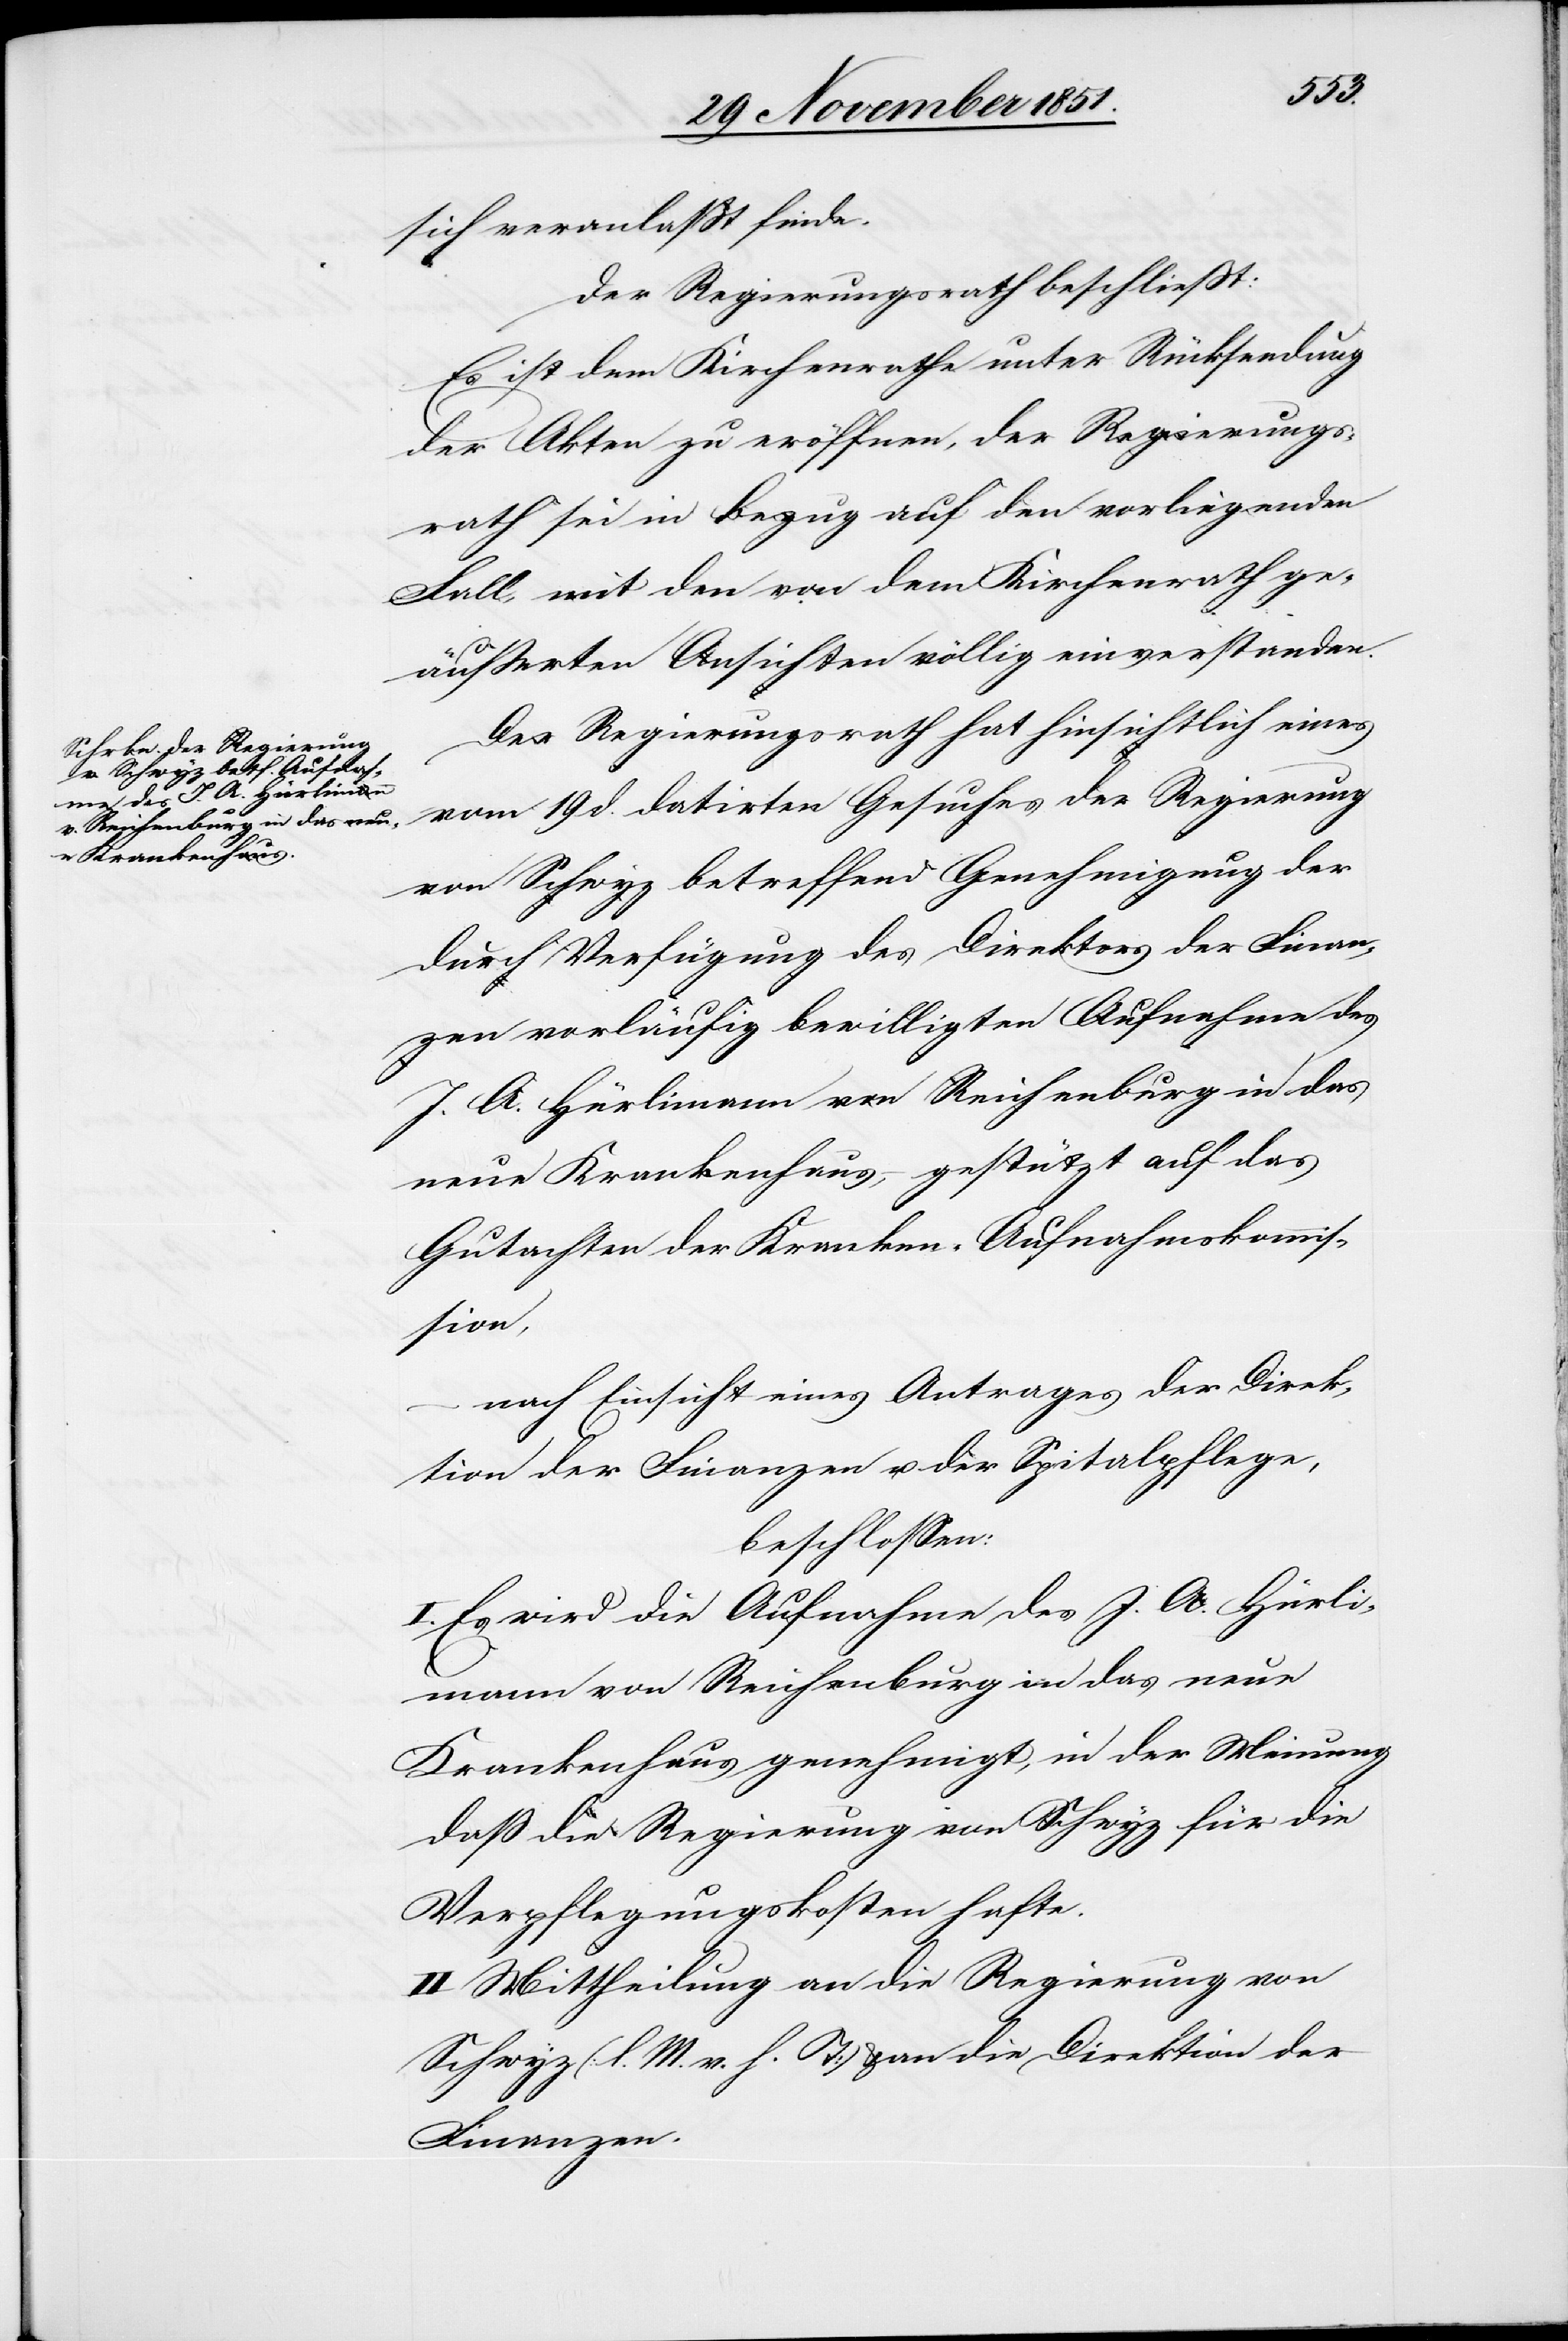
sich veranlaßt finde.
Der Regierungsrath beschließt:
Es ist dem Kirchenrathe unter Rücksendung
der Akten zu eröffnen, der Regierungs¬
rath sei in Bezug auf den vorliegenden
Fall, mit den von dem Kirchenrath ge¬
äußerten Ansichten völlig einverstanden.
Der Regierungsrath hat hinsichtlich eines
vom 19 d. datirten Gesuches der Regierung
von Schwyz betreffend Genehmigung der
durch Verfügung des Direktors der Finan¬
zen vorläufig bewilligten Aufnahme des
J. A. Hürlimann von Reichenburg in das
neue Krankenhaus, – gestützt auf das
Gutachten der Kranken-Aufnahmskommis¬
sion,
nach Einsicht eines Antrages der Direk¬
tion der Finanzen u. der Spitalpflege,
beschlossen:
Es wird die Aufnahme des J. A. Hürli¬
mann von Reichenburg in das neue
Krankenhaus genehmigt, in der Meinung
daß die Regierung von Schwyz für die
Verpflegungskosten hafte.
II Mittheilung an die Regierung von
Schwyz (l. M. v. h. T) & an die Direktion der
Finanzen.